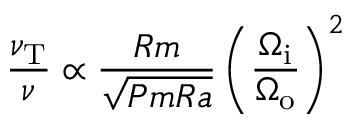
\frac { \nu _ { \mathrm { T } } } { \nu } \propto \frac { R m } { \sqrt { P m R a } } \left( \frac { \Omega _ { \mathrm { i } } } { \Omega _ { \mathrm { o } } } \right) ^ { 2 }